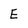
Character: E